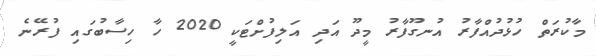
މާކުރަތް ހުޅުދުއްފާރު އުނގޫފާރު މީދޫ އަދި އަލިފުށްޓަކީ 2020 ހާ ހިސާބުގައި ފުރޭނެ